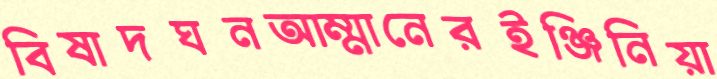
বিষাদঘনআম্মানেরইঞ্জিনিয়া